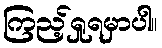
ကြည့်ရှုရမှာပါ။